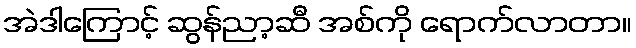
အဲဒါကြောင့် ဆွန်ညာ့ဆီ အစ်ကို ရောက်လာတာ။